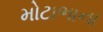
મોટાભાના